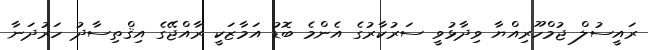
ރައީސުލް ޖުމްހޫރިއްޔާ ވިދާޅުވީ ސަރުކާރުގެ އެންމެ ބޮޑު އަމާޒަކީ ރާއްޖޭގެ އިޤްތިސާދު ހަރުދަނާ